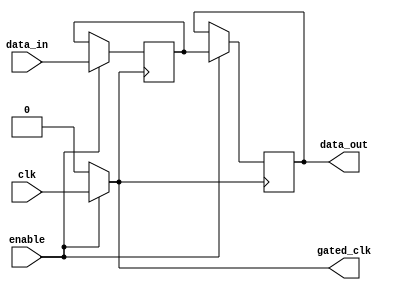
module clock_gated_memory (
    input wire clk,            // Input clock
    input wire enable,         // Enable signal
    input wire [7:0] data_in,  // Input data
    output reg [7:0] data_out, // Output data
    output wire gated_clk      // Gated clock output
);
    // Memory storage (e.g., 256x8 SRAM)
    reg [7:0] memory [0:255];
    
    // Clock Gating Logic
    assign gated_clk = enable ? clk : 1'b0;

    // Memory Read/Write Logic
    always @(posedge gated_clk) begin
        if (enable) begin
            // Example: Write operation on enable
            memory[0] <= data_in; // Write to address 0
            data_out <= memory[0]; // Read from address 0
        end
    end

endmodule